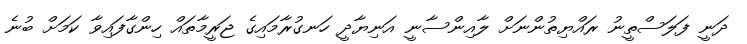
ދަނީ ފަލަސްތީނު ރައްޔިތުންނަށް ލާއިންސާނީ އަނިޔާދީ ހަނގުރާމައިގެ ޖަރީމާތައް ހިންގާފައިވާ ކަމަށް ބުނެ